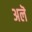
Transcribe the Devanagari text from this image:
अलॆ